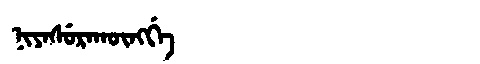
Manchu: ᠨᡳᠶᠠᠰᡠᡵᠠᡴᡡᠩᡤᡝ
Romanization: NIYASURAKŪNGGE